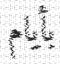
بأيام